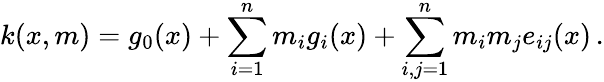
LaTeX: k(x,m)=g_{0}(x)+\sum_{i=1}^{n}m_{i}g_{i}(x)+\sum_{i,j=1}^{n}m_{i}m_{j}e_{ij}(x)\, .